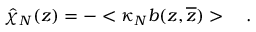
\hat { \chi } _ { N } ( z ) = - < \kappa _ { N } b ( z , \overline { { z } } ) > \quad .